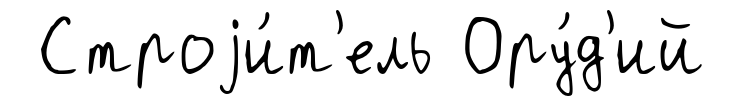
Строjи́т'ель Ору́д'ий